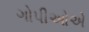
ગોપીઓએ